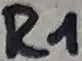
Text: R1